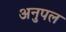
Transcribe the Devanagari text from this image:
अनुपल